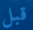
قبل